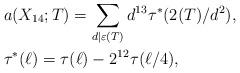
LaTeX: \begin{align*}& a(X_{14};T)=\sum_{d\mid\varepsilon (T)}d^{13}\tau^*(2(T)/d^2),\\& \tau^*(\ell)=\tau(\ell)-2^{12}\tau (\ell/4),\end{align*}